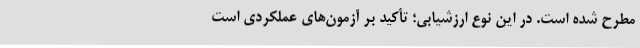
مطرح شده است. در این نوع ارزشیابی؛ تأکید بر آزمون‌های عملکردی است